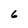
Character: 6